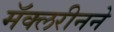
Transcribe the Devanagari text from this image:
मॅक्लरीनने